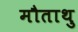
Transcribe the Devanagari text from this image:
मौताथु